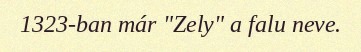
1323-ban már "Zely" a falu neve.